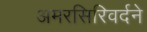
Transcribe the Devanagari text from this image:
अमरसिरिवर्दने